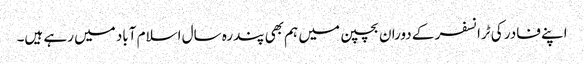
اپنے فادر کی ٹرانسفر کے دوران بچپن میں ہم بھی پندرہ سال اسلام آباد میں رہے ہیں۔